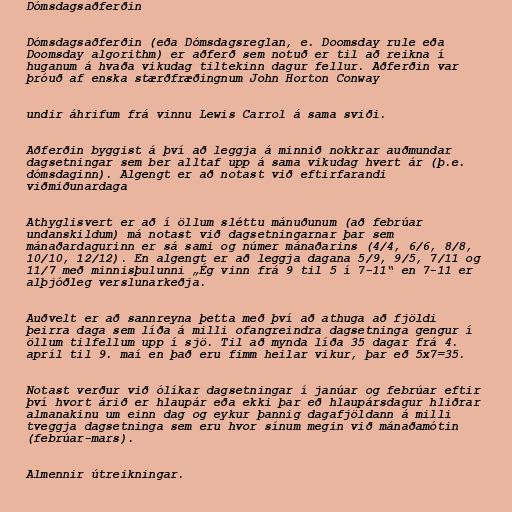
Dómsdagsaðferðin

Dómsdagsaðferðin (eða Dómsdagsreglan, e. Doomsday rule eða
Doomsday algorithm) er aðferð sem notuð er til að reikna í
huganum á hvaða vikudag tiltekinn dagur fellur. Aðferðin var
þróuð af enska stærðfræðingnum John Horton Conway

undir áhrifum frá vinnu Lewis Carrol á sama sviði.

Aðferðin byggist á því að leggja á minnið nokkrar auðmundar
dagsetningar sem ber alltaf upp á sama vikudag hvert ár (þ.e.
dómsdaginn). Algengt er að notast við eftirfarandi
viðmiðunardaga

Athyglisvert er að í öllum sléttu mánuðunum (að febrúar
undanskildum) má notast við dagsetningarnar þar sem
mánaðardagurinn er sá sami og númer mánaðarins (4/4, 6/6, 8/8,
10/10, 12/12). En algengt er að leggja dagana 5/9, 9/5, 7/11 og
11/7 með minnisþulunni „Ég vinn frá 9 til 5 í 7-11“ en 7-11 er
alþjóðleg verslunarkeðja.

Auðvelt er að sannreyna þetta með því að athuga að fjöldi
þeirra daga sem líða á milli ofangreindra dagsetninga gengur í
öllum tilfellum upp í sjö. Til að mynda líða 35 dagar frá 4.
apríl til 9. maí en það eru fimm heilar vikur, þar eð 5x7=35.

Notast verður við ólíkar dagsetningar í janúar og febrúar eftir
því hvort árið er hlaupár eða ekki þar eð hlaupársdagur hliðrar
almanakinu um einn dag og eykur þannig dagafjöldann á milli
tveggja dagsetninga sem eru hvor sínum megin við mánaðamótin
(febrúar-mars).

Almennir útreikningar.